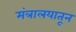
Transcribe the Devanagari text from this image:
मंत्रालयातून